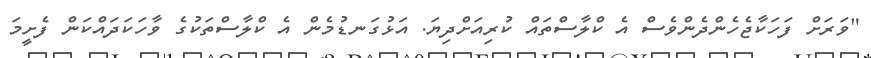
"ވަރަށް ފަހަކާޖެހެންދެންވެސް އެ ކްލާސްތައް ކުރިއަށްދިޔަ. އަޅުގަނޑުމެންް އެ ކްލާސްތަކުގެ ވާހަކަދައްކަން ފެށީމަ